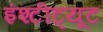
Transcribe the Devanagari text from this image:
इंश्टीट्यूट